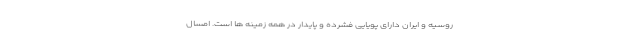
روسیه و ایران دارای پویایی فشرده و پایدار در همه زمینه ها است. امسال